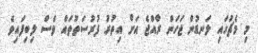
މި މެޗުގައި ލަނޑުން ޖަހަން ރާއްޖެ އަށް އިތުރު ފުރުސަތުތައް ވެސް ލިބިފައިވެ